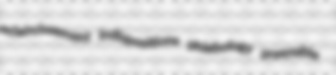
eclaircissement indispositions phlebology preenable